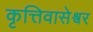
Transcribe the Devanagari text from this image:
कृत्तिवासेश्वर